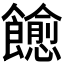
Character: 𬲠